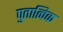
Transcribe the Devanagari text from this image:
पुतात्विक